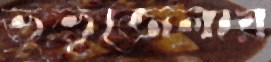
ভুভুজেলায়